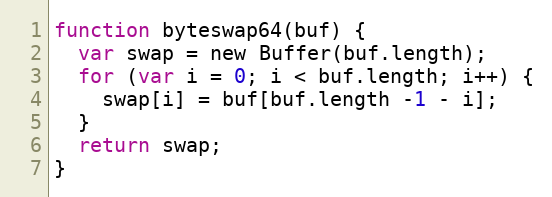
Language: JavaScript
function byteswap64(buf) {
  var swap = new Buffer(buf.length);
  for (var i = 0; i < buf.length; i++) {
    swap[i] = buf[buf.length -1 - i];
  }
  return swap;
}